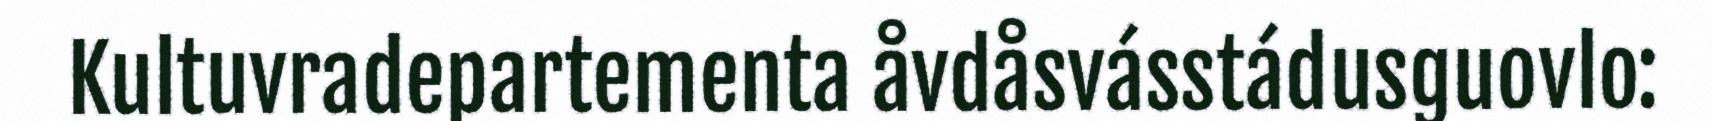
Kultuvradepartementa åvdåsvásstádusguovlo: